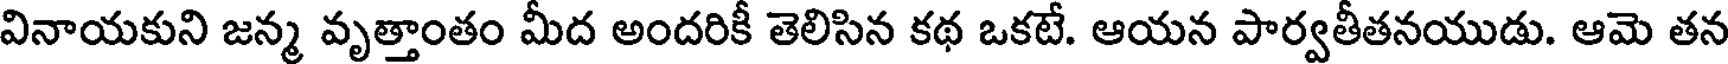
వినాయకుని జన్మ వృత్తాంతం మీద అందరికీ తెలిసిన కథ ఒకటే. ఆయన పార్వతీతనయుడు. ఆమె తన